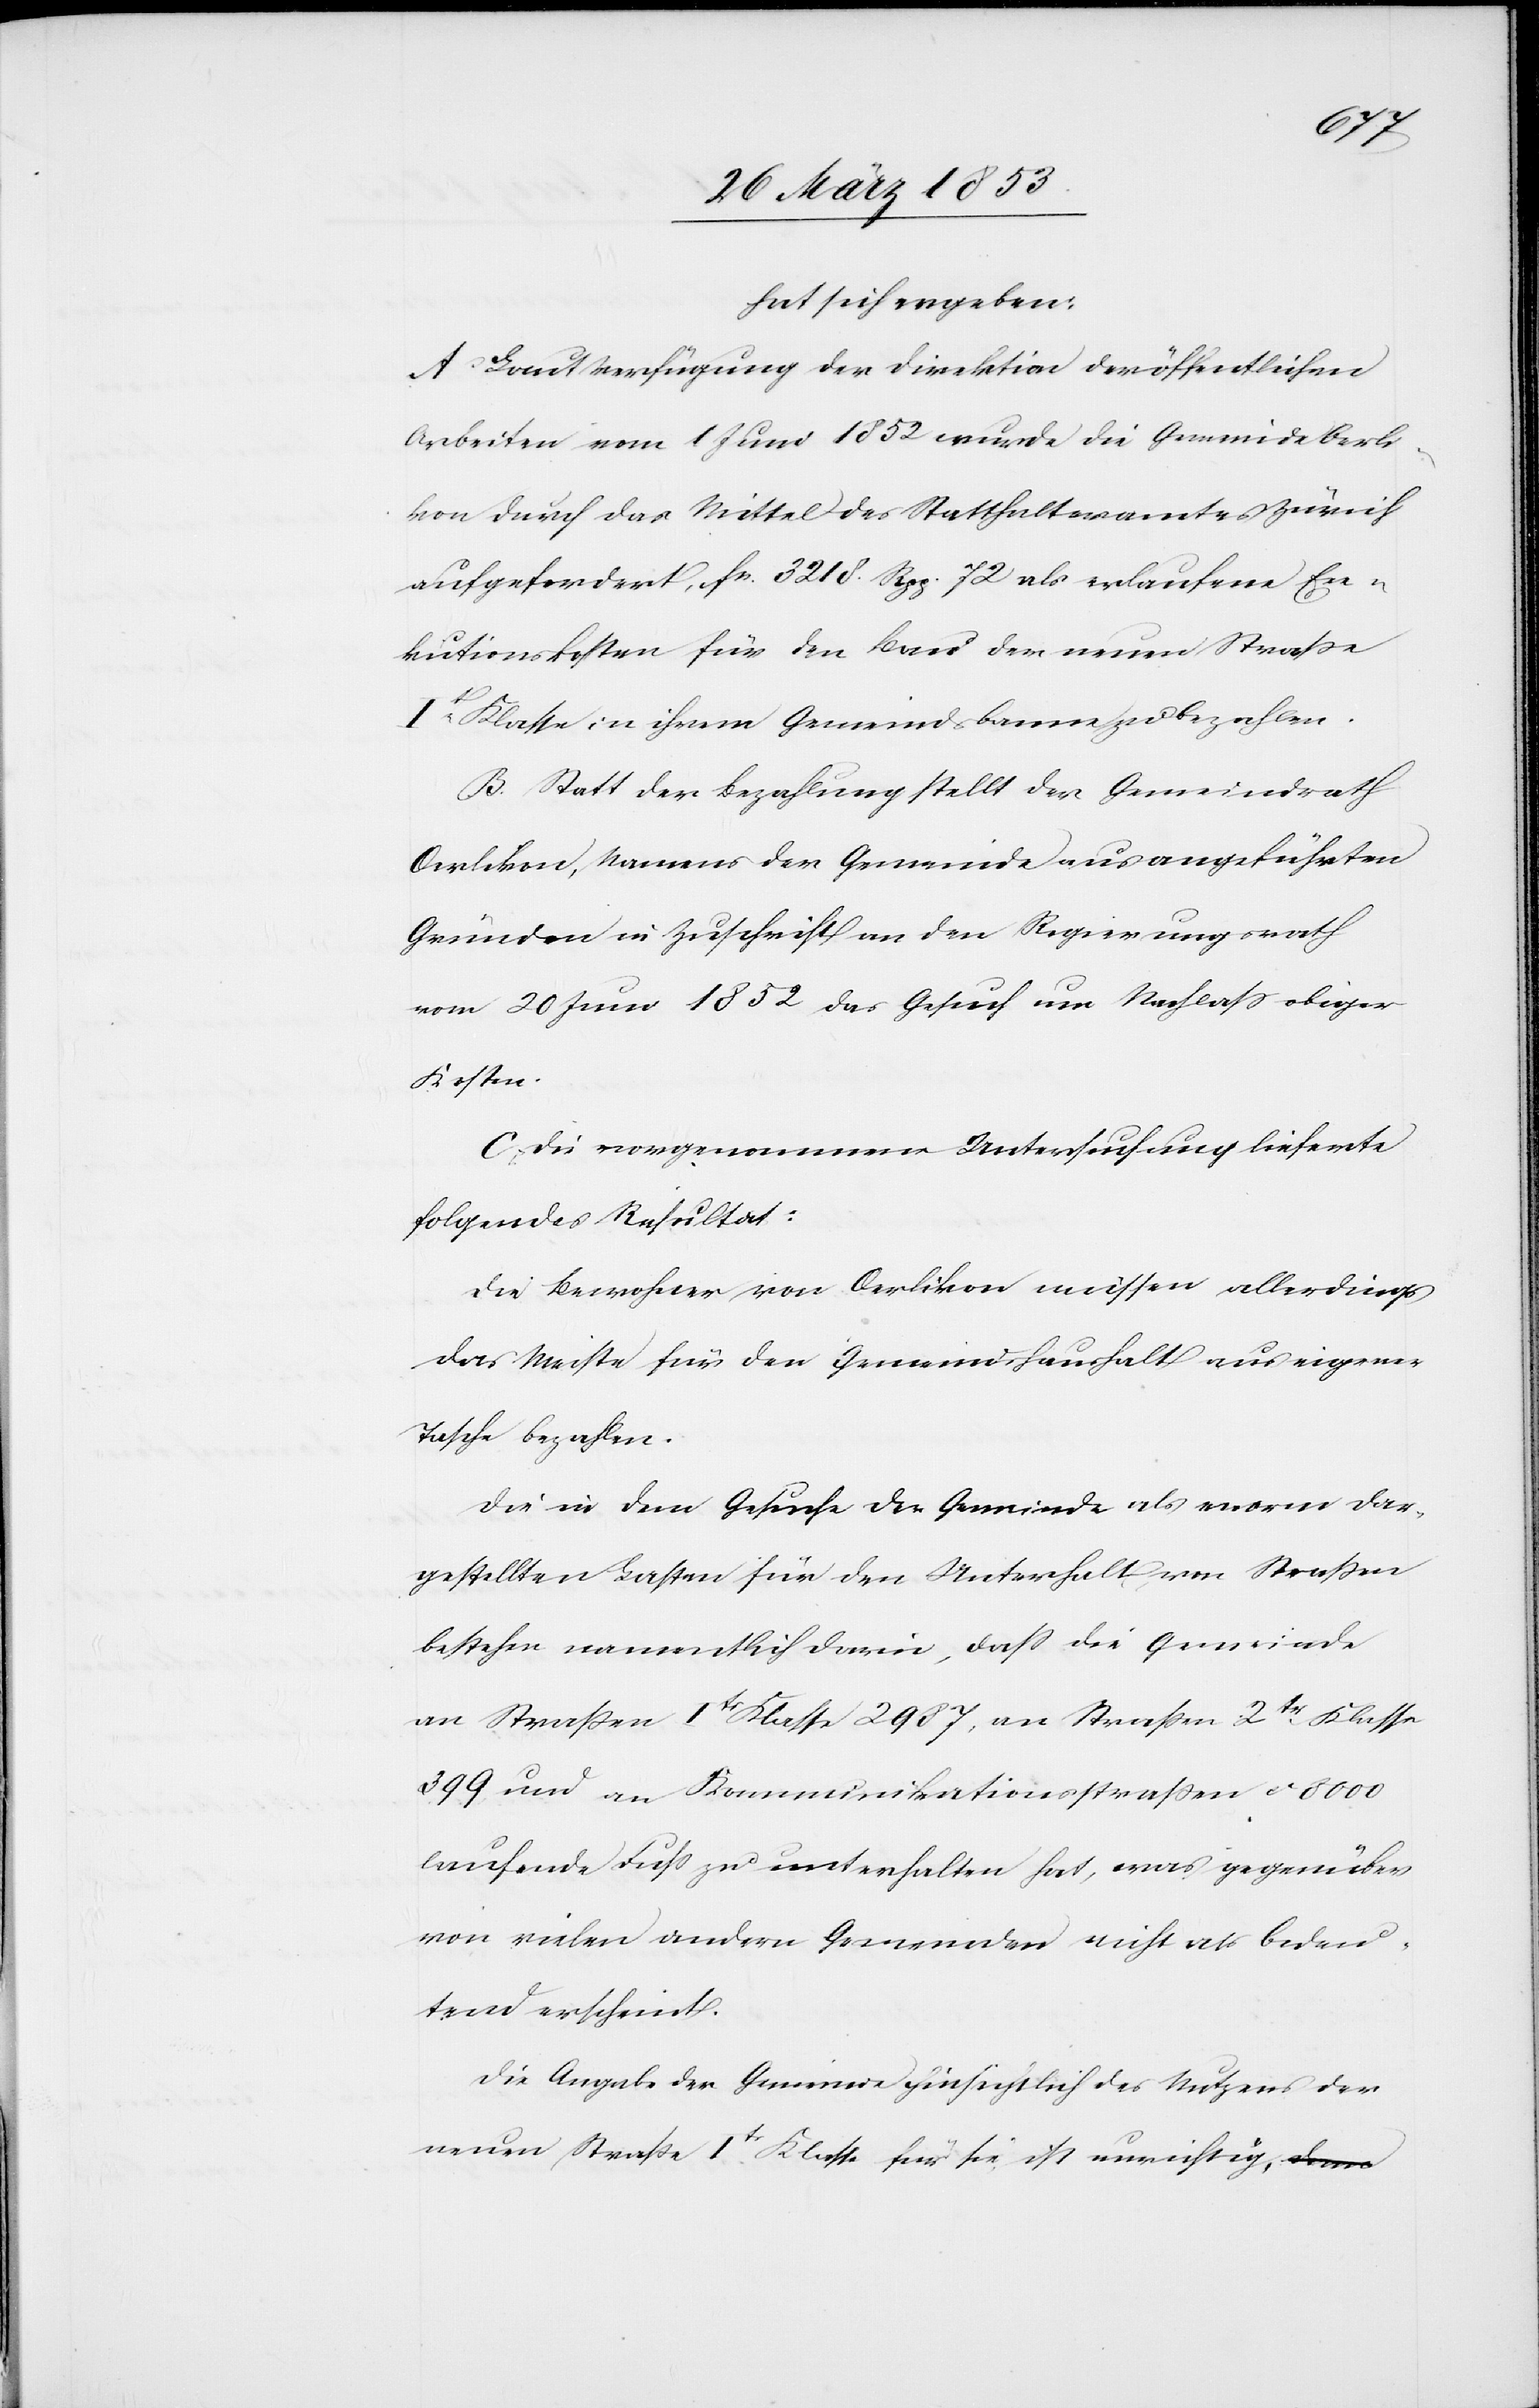
hat sich ergeben:
A. Laut Verfügung der Direktion der öffentlichen
Arbeiten vom 1 Juni 1852 wurde die Gemeinde Oerli¬
kon durch das Mittel des Statthalteramtes Zürich
aufgefordert, fr. 3218. Rpp. 72 als erlaufene Exe¬
kutionskosten für den Bau der neuen Straße
1t. Klasse in ihrem Gemeindsbann zu bezahlen.
B. Statt der Bezahlung stellt der Gemeindrath
Oerlikon, Namens der Gemeinde aus angeführten
Gründen in Zuschrift an den Regierungsrath
vom 20 Juni 1852 das Gesuch um Nachlaß obiger
Kosten.
C. Die vorgenommene Untersuchung lieferte
folgendes Resultat:
Die Bewohner von Oerlikon müssen allerdings
das Meiste für den Gemeindshaushalt aus eigener
Tasche bezahlen.
Die in dem Gesuche der Gemeinde als enorm dar¬
gestellten Lasten für den Unterhalt von Straßen
bestehen namentlich darin, daß die Gemeinde
an Straßen 1tr. Klasse 2987, an Straßen 2tr. Klasse
399. und an Kommunikationsstraßen ca 3000
laufende Fuß zu unterhalten hat, was gegenüber
von vielen andern Gemeinden nicht als bedeu¬
tend erscheint.
Die Angabe der Gemeinde hinsichtlich des Nutzens der
neuen Straße 1tr. Klasse für sie ist unrichtig,